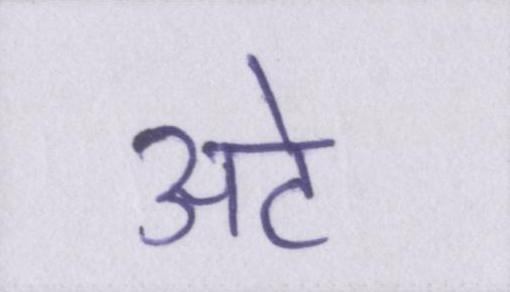
अटे